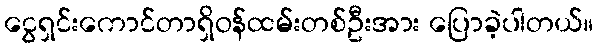
ငွေရှင်းကောင်တာရှိဝန်ထမ်းတစ်ဦးအား ပြောခဲ့ပါတယ်။